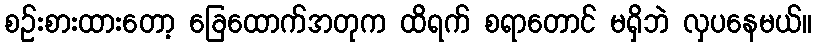
စဉ်းစားထားတော့ ခြေထောက်အတုက ထိရက် စရာတောင် မရှိဘဲ လှပနေမယ်။